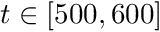
t \in [ 5 0 0 , 6 0 0 ]